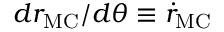
{ { d r _ { \mathrm { M C } } } / { d \theta } } \equiv \dot { r } _ { \mathrm { M C } }